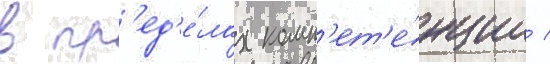
в пр'ед'е́лах комп'ет'е́нции /